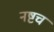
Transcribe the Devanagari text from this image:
नष्टच